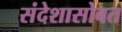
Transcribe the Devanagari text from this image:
संदेशासोबत